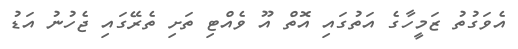
އެވަގުތު ޒަމީހާގެ އަތުގައި އޮތް އޫ ވެއްޓި ތަށި ތެރޭގައި ޖެހުނު އަޑު